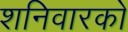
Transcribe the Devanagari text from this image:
शनिवारको